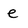
Character: e